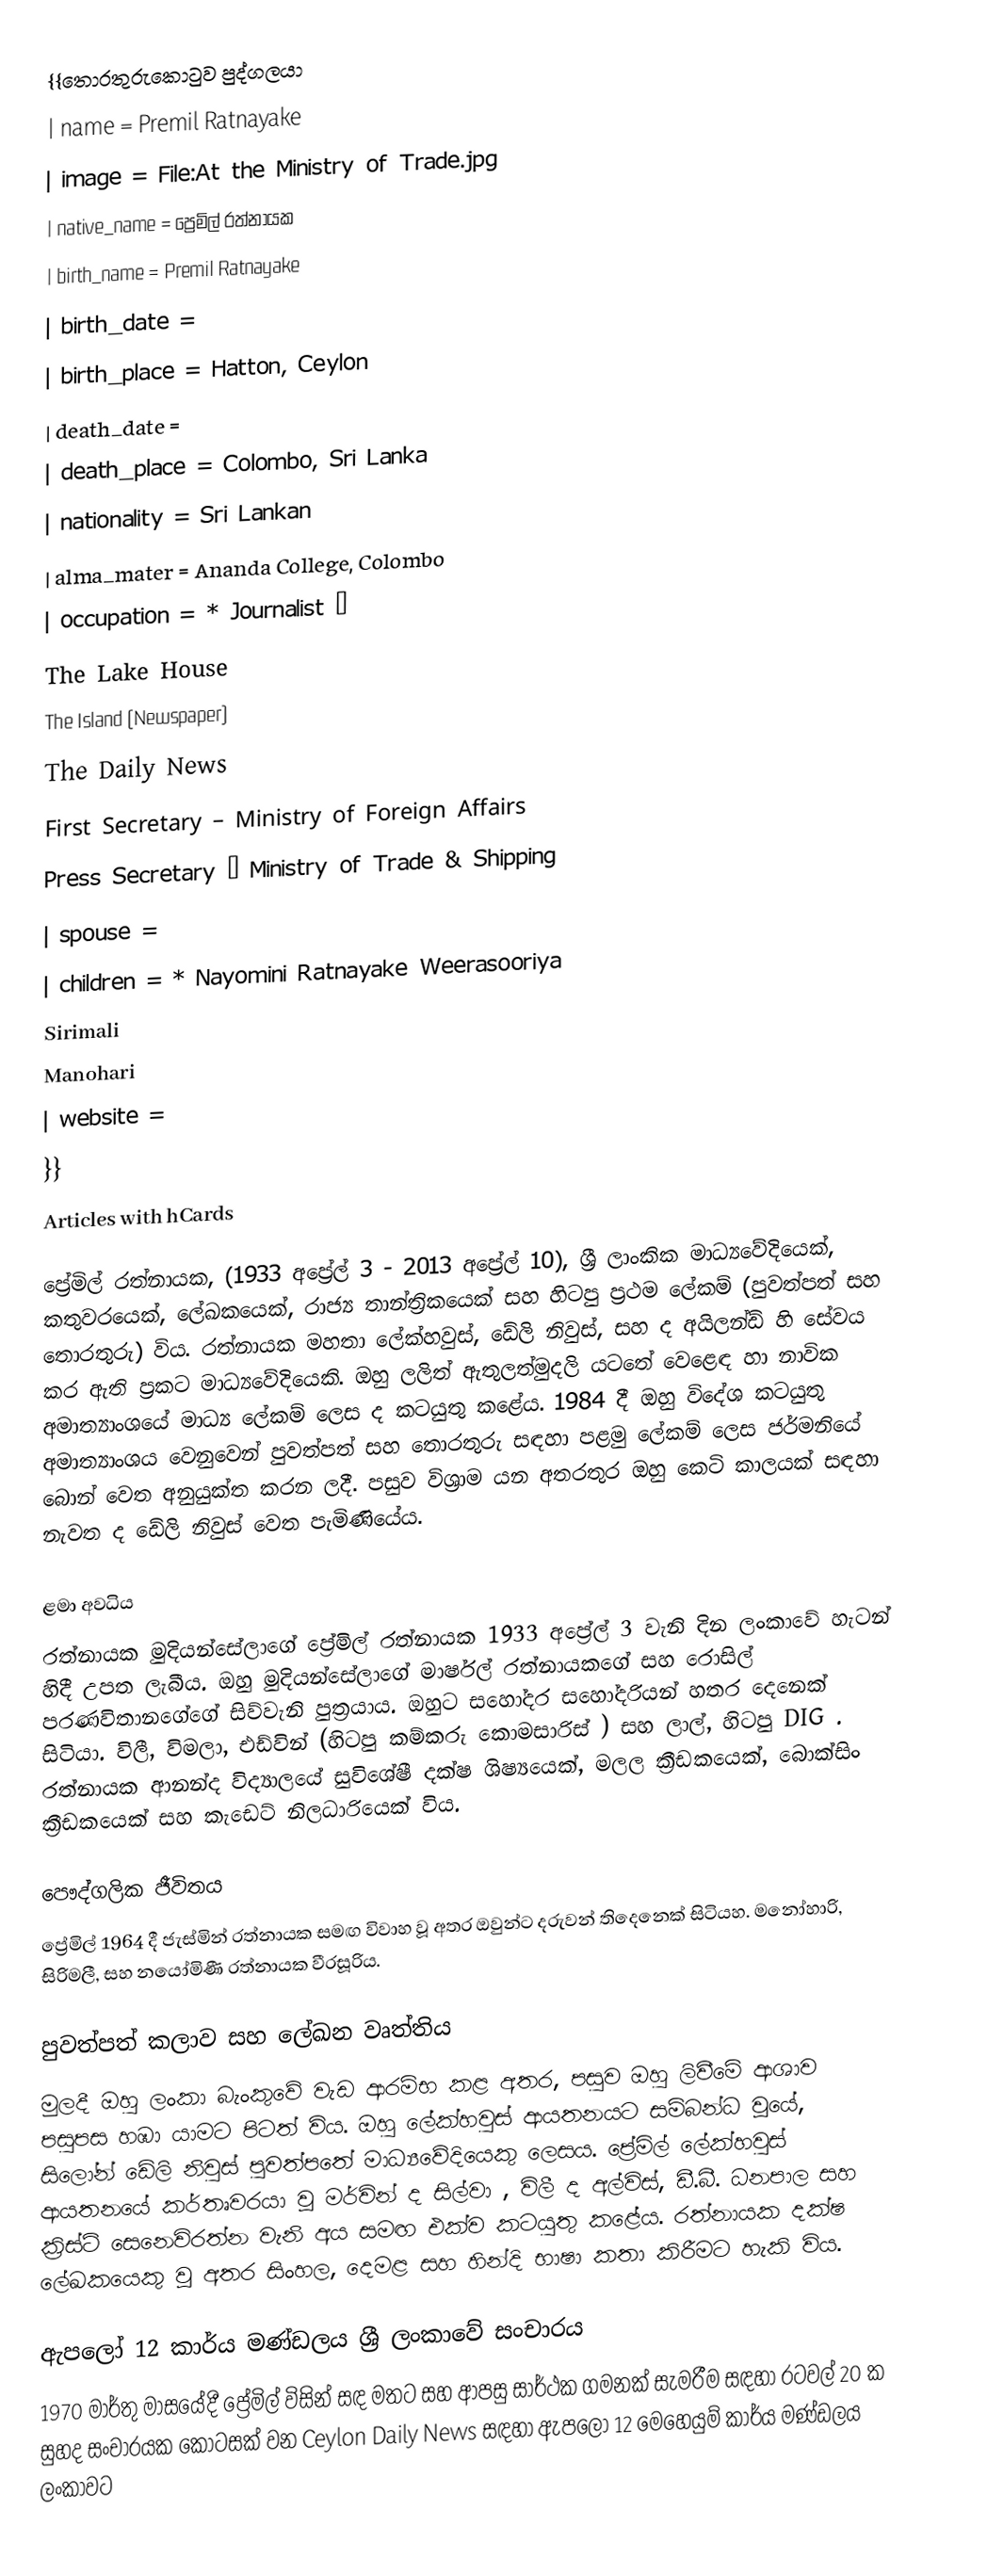
{{තොරතුරුකොටුව පුද්ගලයා
| name = Premil Ratnayake
| image = File:At the Ministry of Trade.jpg
| native_name = ප්‍රෙමිල් රත්නායක
| birth_name = Premil Ratnayake
| birth_date =
| birth_place = Hatton, Ceylon
| death_date =
| death_place = Colombo, Sri Lanka
| nationality = Sri Lankan
| alma_mater = Ananda College, Colombo
| occupation = * Journalist –
The Lake House
The Island (Newspaper)
The Daily News
 First Secretary – Ministry of Foreign Affairs
 Press Secretary – Ministry of Trade & Shipping
| spouse =
| children = * Nayomini Ratnayake Weerasooriya
 Sirimali
 Manohari
| website =
}}
Articles with hCards

ප්‍රේමිල් රත්නායක, (1933 අප්‍රේල් 3 - 2013 අප්‍රේල් 10), ශ්‍රී ලාංකික මාධ්‍යවේදියෙක්, කතුවරයෙක්,   ලේඛකයෙක්, රාජ්‍ය තාන්ත්‍රිකයෙක් සහ හිටපු ප්‍රථම ලේකම් (පුවත්පත් සහ තොරතුරු) විය. රත්නායක මහතා ලේක්හවුස්, ඩේලි නිවුස්,  සහ ද අයිලන්ඩ් හි සේවය කර ඇති ප්‍රකට මාධ්‍යවේදියෙකි. ඔහු ලලිත් ඇතුලත්මුදලි යටතේ වෙළෙඳ හා නාවික අමාත්‍යාංශයේ මාධ්‍ය ලේකම් ලෙස ද කටයුතු කළේය. 1984 දී ඔහු විදේශ කටයුතු අමාත්‍යාංශය වෙනුවෙන් පුවත්පත් සහ තොරතුරු සඳහා පළමු ලේකම් ලෙස ජර්මනියේ බොන් වෙත අනුයුක්ත කරන ලදී. පසුව විශ්‍රාම යන අතරතුර ඔහු කෙටි කාලයක් සඳහා නැවත ද ඩේලි නිවුස් වෙත පැමිණියේය.

 ළමා අවධිය
රත්නායක මුදියන්සේලාගේ ප්‍රේමිල් රත්නායක 1933 අප්‍රේල් 3 වැනි දින ලංකාවේ හැටන් හිදී උපත ලැබීය. ඔහු මුදියන්සේලාගේ මාර්ෂල් රත්නායකගේ සහ රොසිල් පරණවිතානගේගේ සිව්වැනි පුත්‍රයාය. ඔහුට සහෝදර සහෝදරියන් හතර දෙනෙක් සිටියා. විලී, විමලා, එඩ්වින් (හිටපු කම්කරු කොමසාරිස්  ) සහ ලාල්, හිටපු DIG .  රත්නායක ආනන්ද විද්‍යාලයේ සුවිශේෂී දක්ෂ ශිෂ්‍යයෙක්, මලල ක්‍රීඩකයෙක්, බොක්සිං ක්‍රීඩකයෙක් සහ කැඩෙට් නිලධාරියෙක් විය.

 පෞද්ගලික ජීවිතය
ප්‍රේමිල් 1964 දී ජැස්මින් රත්නායක සමඟ විවාහ වූ අතර ඔවුන්ට දරුවන් තිදෙනෙක් සිටියහ. මනෝහාරි, සිරිමලී, සහ නයෝමිණී රත්නායක වීරසූරිය.

 පුවත්පත් කලාව සහ ලේඛන වෘත්තිය
මුලදී ඔහු ලංකා බැංකුවේ වැඩ ආරම්භ කළ අතර,  පසුව ඔහු ලිවීමේ ආශාව පසුපස හඹා යාමට පිටත් විය.  ඔහු ලේක්හවුස් ආයතනයට සම්බන්ධ වූයේ,  සිලෝන් ඩේලි නිවුස් පුවත්පතේ මාධ්‍යවේදියෙකු ලෙසය.    ප්‍රේමිල් ලේක්හවුස් ආයතනයේ කර්තෘවරයා වූ මර්වින් ද සිල්වා   , විලී ද අල්විස්,   ඩී.බී. ධනපාල   සහ ක්‍රිස්ටි සෙනෙවිරත්න වැනි අය සමඟ එක්ව කටයුතු කළේය.  රත්නායක දක්ෂ ලේඛකයෙකු වූ අතර සිංහල, දෙමළ සහ හින්දි භාෂා කතා කිරීමට හැකි විය.

 ඇපලෝ 12 කාර්ය මණ්ඩලය ශ්‍රී ලංකාවේ සංචාරය
1970 මාර්තු මාසයේදී ප්‍රේමිල් විසින් සඳ මතට සහ ආපසු සාර්ථක ගමනක් සැමරීම සඳහා රටවල් 20 ක සුහද සංචාරයක කොටසක් වන Ceylon Daily News  සඳහා ඇපලෝ 12 මෙහෙයුම් කාර්ය මණ්ඩලය ලංකාවට